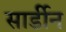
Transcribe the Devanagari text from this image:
सार्डीन